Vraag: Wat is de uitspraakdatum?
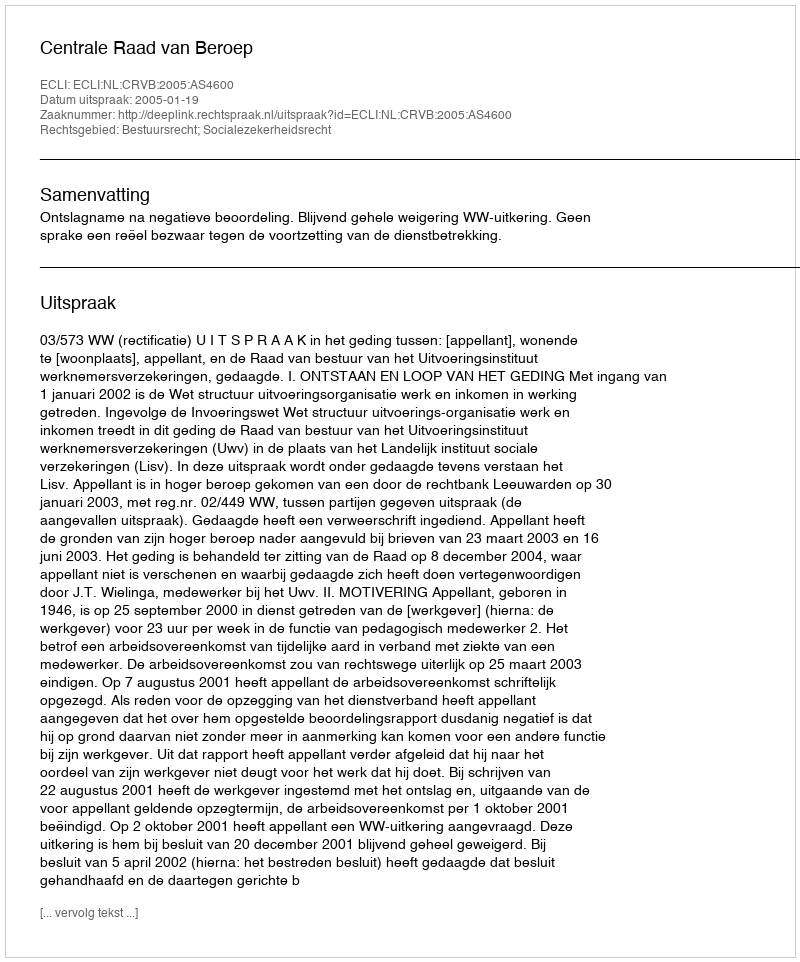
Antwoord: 2005-01-19